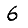
Digit: 6